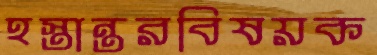
হস্তান্তরবিষয়ক